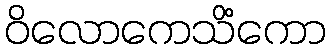
ဝိလောကေသိံကော